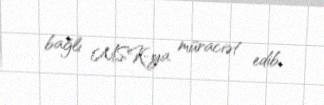
bağlı MSK-ya müraciət edib.